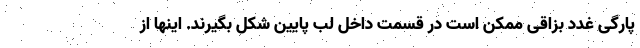
پارگی غدد بزاقی ممکن است در قسمت داخل لب پایین شکل بگیرند. اینها از